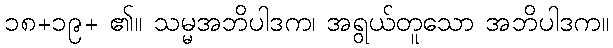
၁၈+၁၉+ ၏။ သမ္မအဘိပါဒက၊ အရွယ်တူသော အဘိပါဒက။